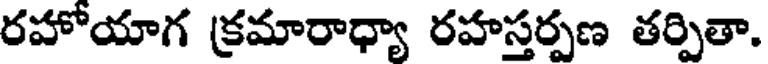
రహోయాగ క్రమారాధ్యా రహస్తర్పణ తర్పితా.